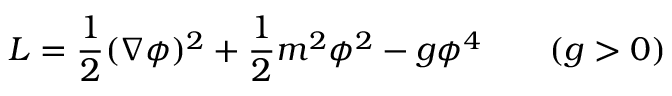
{ \cal L } = { \frac { 1 } { 2 } } ( \nabla \phi ) ^ { 2 } + { \frac { 1 } { 2 } } m ^ { 2 } \phi ^ { 2 } - g \phi ^ { 4 } \qquad ( g > 0 )